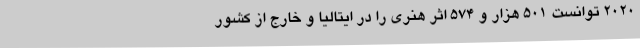
۲۰۲۰ توانست ۵۰۱ هزار و ۵۷۴ اثر هنری را در ایتالیا و خارج از کشور